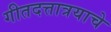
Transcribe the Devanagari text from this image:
गीतदत्तात्रयाचे